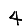
Digit: 4